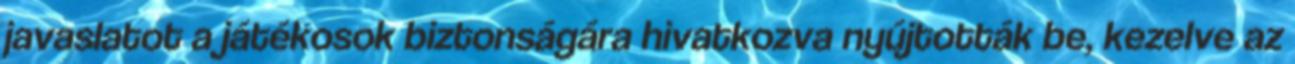
javaslatot a játékosok biztonságára hivatkozva nyújtották be, kezelve az